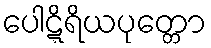
ပေါဋ္ဋိရိယပုတ္တော